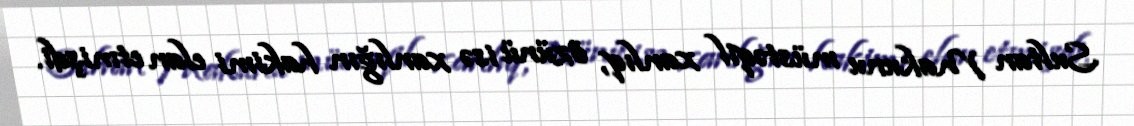
Sultan Makunu müstəqil xanlıq, özünü isə xanlığın hakimi elan etmişdi.